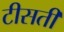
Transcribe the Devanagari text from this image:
टीसती